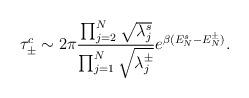
LaTeX: \begin{align*}\tau_\pm^c \sim 2 \pi \frac{\prod_{j=2}^N \sqrt{\lambda_j^s}}{\prod_{j=1}^N \sqrt{\lambda_j^\pm}} e^{ \beta (E_N^s - E_N^\pm)} .\end{align*}